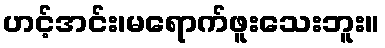
ဟင့်အင်း၊မရောက်ဖူးသေးဘူး။